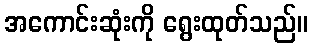
အကောင်းဆုံးကို ရွေးထုတ်သည်။